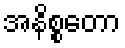
အနိစ္စတော